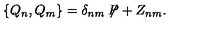
\{ Q _ { n } , Q _ { m } \} = \delta _ { n m } \not \! \! P + Z _ { n m } .